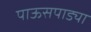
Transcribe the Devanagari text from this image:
पाऊसपाड्या